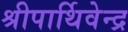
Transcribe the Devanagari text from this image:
श्रीपार्थिवेन्द्र